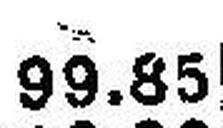
99.85